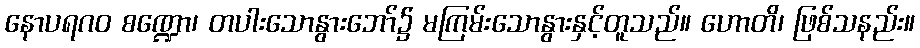
နောပရဂဝ စဏ္ဍော၊ တပါးသောနွားဘော်၌ မကြမ်းသောနွားနှင့်တူသည်။ ဟောတိ၊ ဖြစ်သနည်း။